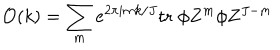
LaTeX: { \cal O } ( k ) = \sum _ { m } e ^ { 2 \pi i m k / J } \mathrm { t r } \; \phi Z ^ { m } \phi Z ^ { J - m }